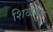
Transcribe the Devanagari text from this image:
शिळेतून